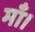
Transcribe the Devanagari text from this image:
माँ।